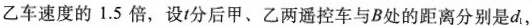
乙车速度的1.5倍，设t分后甲、乙两遥控车与B处的距离分别是d_{1}，